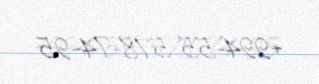
+994-55-578-74-95